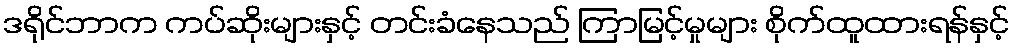
ဒရိုင်ဘာက ကပ်ဆိုးများနှင့် တင်းခံနေသည် ကြာမြင့်မှုများ စိုက်ထူထားရန်နှင့်